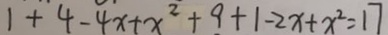
1 + 4 - 4 x + x ^ { 2 } + 9 + 1 - 2 x + x ^ { 2 } = 1 7